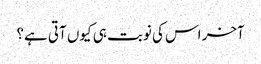
آخر اس کی نوبت ہی کیوں آتی ہے؟